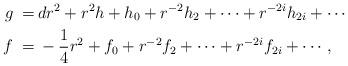
LaTeX: \begin{align*} g \: = \: & dr^2 + r^2h + h_{0} + r^{-2}h_{2} + \cdots + r^{-2i}h_{2i} + \cdots \\f \: = \: & - \frac14 r^2 + f_{0} + r^{-2}f_{2} + \cdots + r^{-2i}f_{2i} + \cdots, \end{align*}